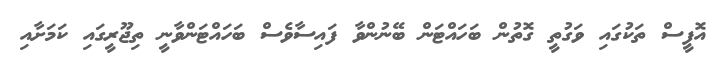
އޮފީސް ތަކުގައި ވަގުތީ ގޮތުން ބަހައްޓަން ބޭނުންވާ ފައިސާވެސް ބަހައްޓަންވާނީ ތިޖޫރީގައި ކަމަށާއި